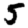
Digit: 5